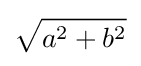
{\sqrt {a^{2}+b^{2}}}